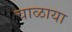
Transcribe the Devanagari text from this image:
चाळाया